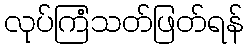
လုပ်ကြံသတ်ဖြတ်ရန်